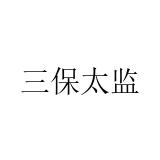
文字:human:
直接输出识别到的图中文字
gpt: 三保太监